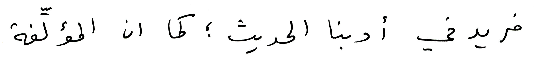
فريد في أدبنا الحديث؛ كما ان المؤلِّفة